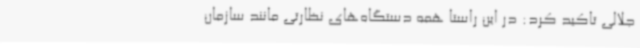
جلالی تاکید کرد: در این راستا همه دستگاه‌های نظارتی مانند سازمان